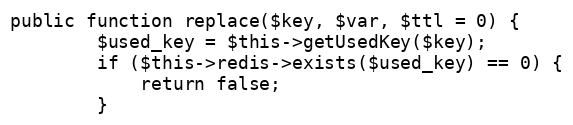
Language: PHP
public function replace($key, $var, $ttl = 0) {
        $used_key = $this->getUsedKey($key);
        if ($this->redis->exists($used_key) == 0) {
            return false;
        }